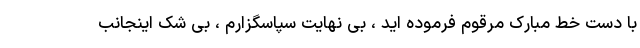
با دست خط مبارک مرقوم فرموده اید ، بی نهایت سپاسگزارم ، بی شک اینجانب